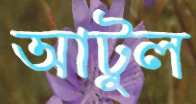
আটুল